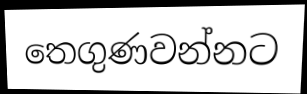
තෙගුණවන්නට